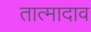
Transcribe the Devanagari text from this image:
तात्मादाव